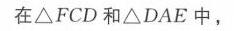
在\(\triangle FCD\)和\(\triangle DAE\)中，